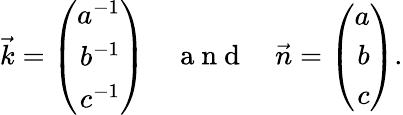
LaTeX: \vec{k}=\left(\begin{array}{r}{a^{-1}}\\ {b^{-1}}\\ {c^{-1}}\end{array}\right)\enspace\enspace\mathrm{~a~n~d~}\enspace\enspace\vec{n}=\left(\begin{array}{r}{a}\\ {b}\\ {c}\end{array}\right).